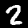
Digit: 2